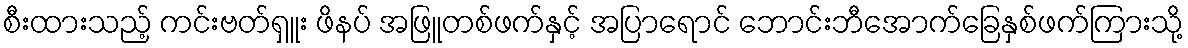
စီးထားသည့် ကင်းဗတ်ရှူး ဖိနပ် အဖြူတစ်ဖက်နှင့် အပြာရောင် ဘောင်းဘီအောက်ခြေနှစ်ဖက်ကြားသို့